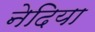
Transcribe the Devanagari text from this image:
नेदिया